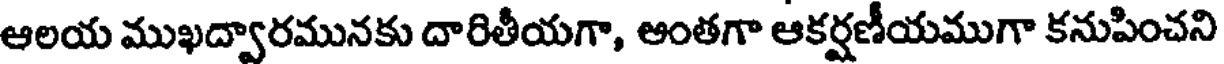
ఆలయ ముఖద్వారమునకు దారితీయగా, అంతగా ఆకర్షణీయముగా కనుపించని